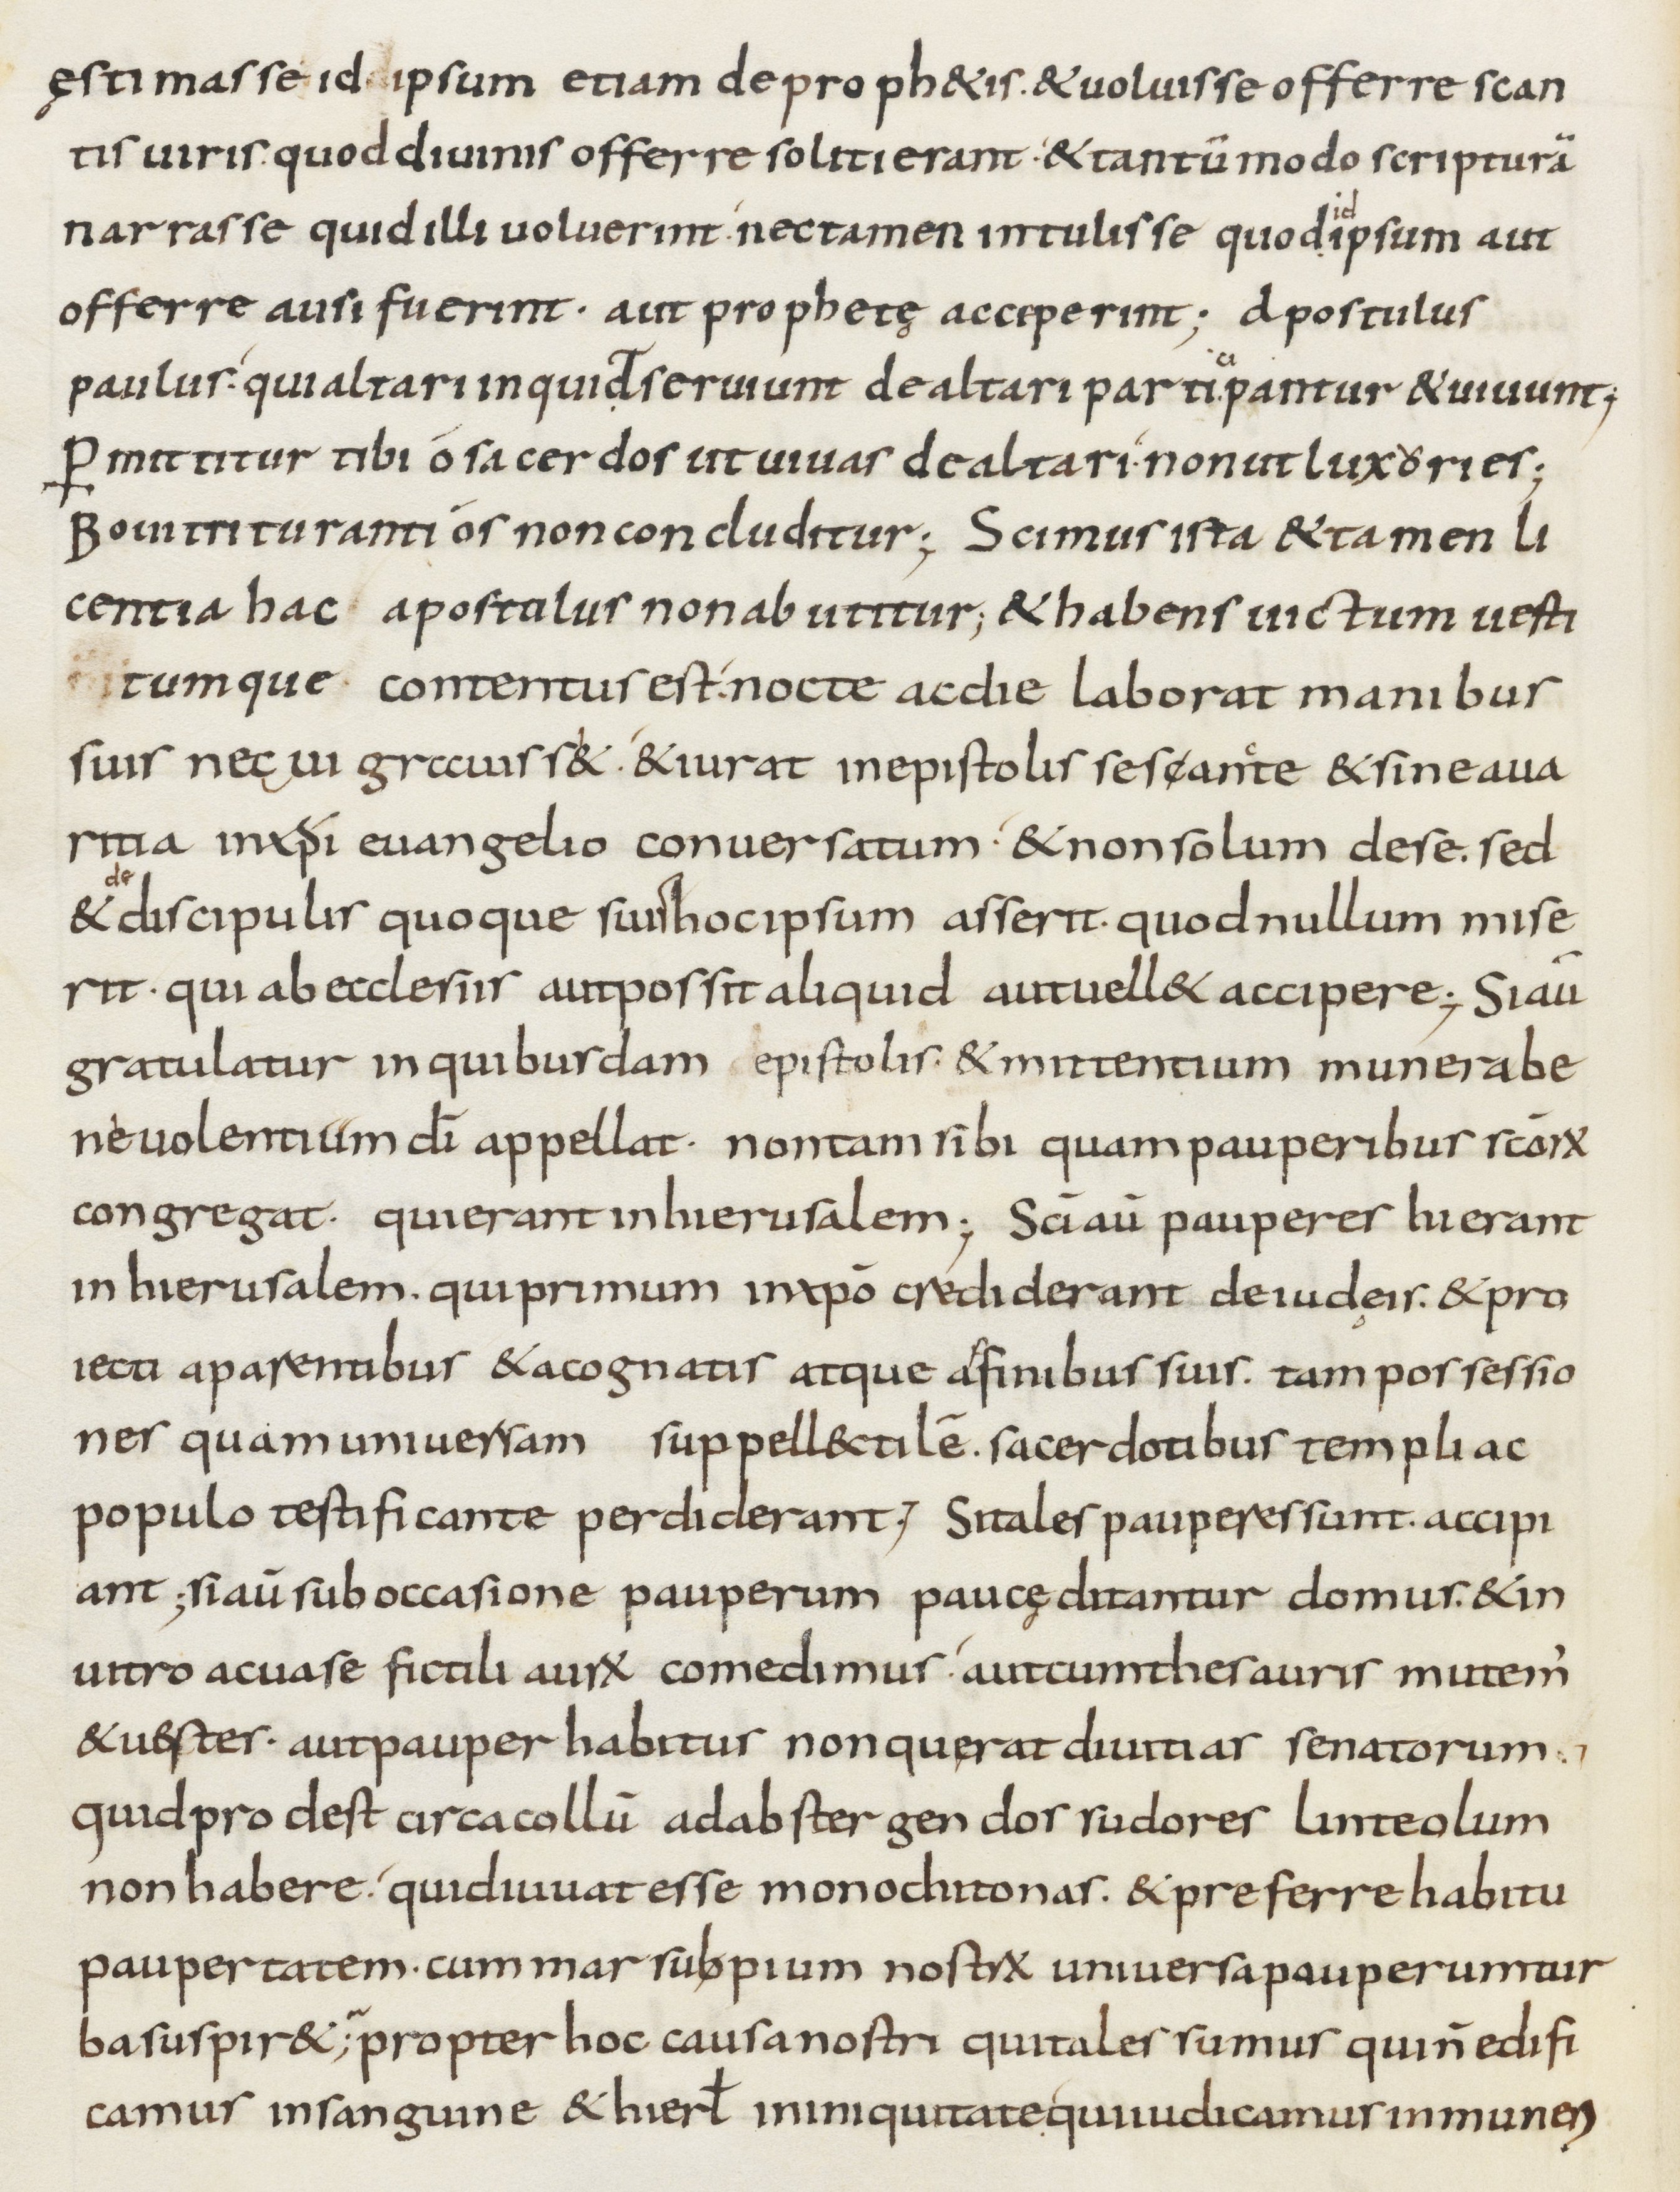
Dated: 800–899